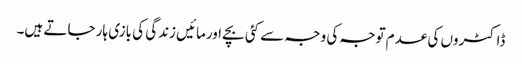
ڈاکٹروں کی عدم توجہ کی وجہ سے کئی بچے اورمائیں زندگی کی بازی ہار جاتے ہیں۔